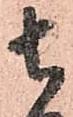
ち